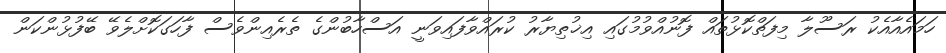
ހަމައެއާއެކު ރަސޫލާ މިފަތްކޮޅުތައް ފޮނުއްވުމުގައި އިޚުތިޔާރު ކުރައްވާފައިވަނީ އަސްހާބުންގެ ތެރެއިންވެސް ފާހަގަކޮށްލެވޭ ބޭފުޅުންކަން